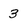
Character: 3